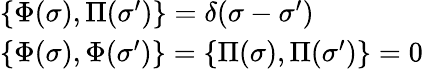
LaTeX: \begin{array}{ll}{{\{ \Phi(\sigma),\Pi(\sigma^{\prime})\} =\delta(\sigma-\sigma^{\prime})}}\\ {{\{ \Phi(\sigma),\Phi(\sigma^{\prime})\} =\{ \Pi(\sigma),\Pi(\sigma^{\prime})\} =0}}\end{array}